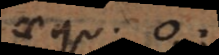
aequ. 0,